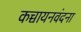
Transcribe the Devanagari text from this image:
कच्चायनवंदना